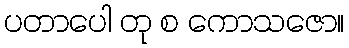
ပတာပေါ တု စ ကောသဇော။